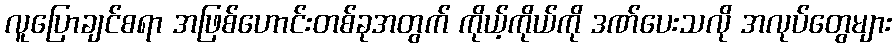
လူပြောချင်စရာ အဖြစ်ဟောင်းတစ်ခုအတွက် ကိုယ့်ကိုယ်ကို ဒဏ်ပေးသလို အလုပ်တွေများ